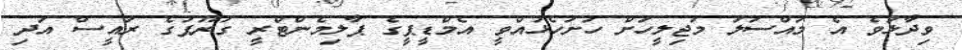
ވިދާޅުވެ އެ މައްސަލަ މަޖިލީހަށް ހުށަހެޅުއްވީ އެމްޑީޕީގެ ޕާލިމެންޓްރީ ގުރޫޕުގެ ރައީސް އަދި